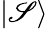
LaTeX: |\mathscr{S}\rangle